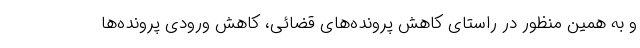
و به همین منظور در راستای کاهش پرونده‌های قضائی، کاهش ورودی پرونده‌ها